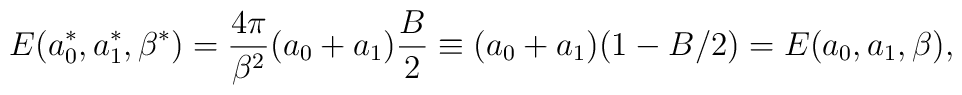
E(a_0^*,a_1^*,\beta^*)=\frac{4\pi}{\beta^2}(a_0+a_1)\frac{B}{2}\equiv(a_0+a_1)(1-B/2)=E(a_0,a_1,\beta),